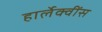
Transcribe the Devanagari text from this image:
हार्लेक्वींस